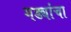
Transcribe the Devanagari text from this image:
गड्यांचा